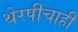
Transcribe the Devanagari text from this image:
थेरपीचाही